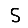
Digit: 5